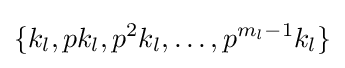
\{k_{l},pk_{l},p^{2}k_{l},\ldots ,p^{m_{l}-1}k_{l}\}